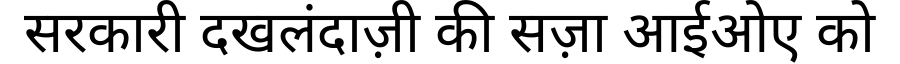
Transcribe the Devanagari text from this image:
सरकारी दखलंदाज़ी की सज़ा आईओए को